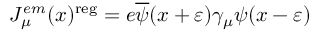
J _ { \mu } ^ { e m } ( x ) ^ { \mathrm { r e g } } = e \overline { { { \psi } } } ( x + \varepsilon ) \gamma _ { \mu } \psi ( x - \varepsilon )